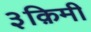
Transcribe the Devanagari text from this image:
३क़िमी